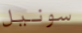
سونيل